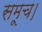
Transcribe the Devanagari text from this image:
समूच।